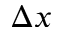
\Delta x